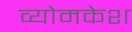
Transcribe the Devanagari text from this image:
व्‍योमकेश